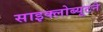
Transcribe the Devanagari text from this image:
साइक्लोब्यूटने